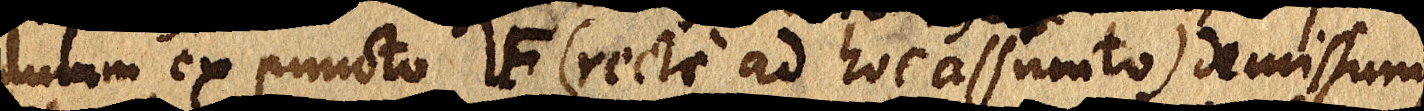
dulum ex puncto F (recte ad hoc assumto) demissum,